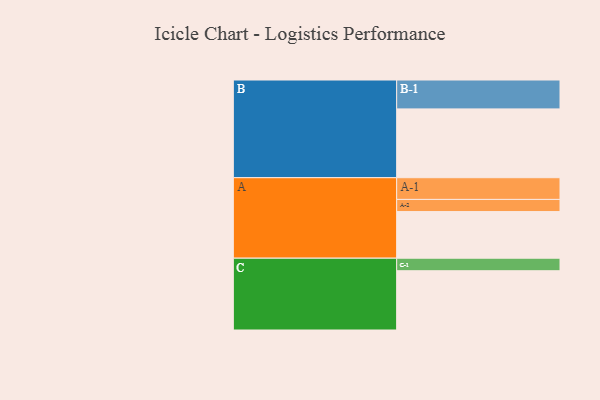
{"axis": {"x": "Segment", "y": "Value"}, "legend": ["", "A", "B", "C"], "data": [{"x": "A", "y": 376, "type": ""}, {"x": "B", "y": 555, "type": ""}, {"x": "C", "y": 478, "type": ""}, {"x": "A-1", "y": 175, "type": "A"}, {"x": "A-2", "y": 98, "type": "A"}, {"x": "B-1", "y": 233, "type": "B"}, {"x": "C-1", "y": 101, "type": "C"}]}